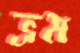
ভ্রম